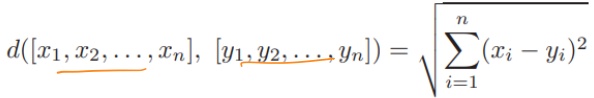
\[d([\underline{x_1,x_2,\ldots,x_n}], [\underline{y_1,y_2,\ldots,y_n}]) = \sqrt{\sum_{i=1}^{n}(x_i - y_i)^2}\]